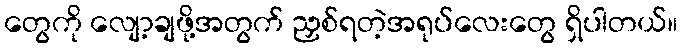
တွေကို လျော့ချဖို့အတွက် ညှစ်ရတဲ့အရုပ်လေးတွေ ရှိပါတယ်။